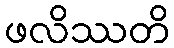
ဖလိဿတိ